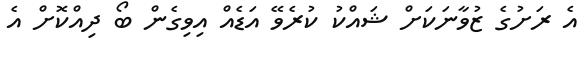
އެ ރަށުގެ ޒުވާނަކަށް ޝައްކު ކުރެވޭ އަޑެއް އިވިގެން ބޯ ދިއްކޮށް އެ